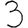
Digit: 3